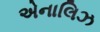
એનાલિઝ